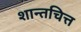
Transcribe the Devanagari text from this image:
शान्तचित्त